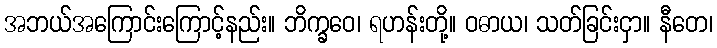
အဘယ်အကြောင်းကြောင့်နည်း။ ဘိက္ခဝေ၊ ရဟန်းတို့။ ဝဓာယ၊ သတ်ခြင်းငှာ။ နီတေ၊